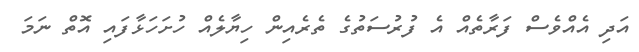
އަދި އެއްވެސް ފަރާތެއް އެ ފުރުސަތުގެ ތެރެއިން ހިޔާލެއް ހުށަހަޅާފައި އޮތް ނަމަ